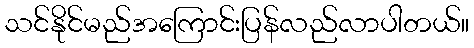
သင်နိုင်မည်အကြောင်းပြန်လည်လာပါတယ်။